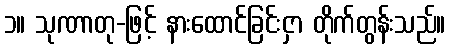
၁။ သုဏာတု-ဖြင့် နားထောင်ခြင်းငှာ တိုက်တွန်းသည်။